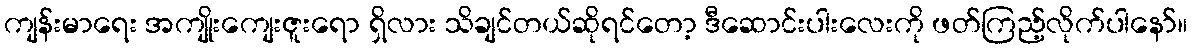
ကျန်းမာရေး အကျိုးကျေးဇူးရော ရှိလား သိချင်တယ်ဆိုရင်တော့ ဒီဆောင်းပါးလေးကို ဖတ်ကြည့်လိုက်ပါနော်။